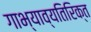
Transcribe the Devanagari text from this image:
गाभ्याव्यतिरिक्त